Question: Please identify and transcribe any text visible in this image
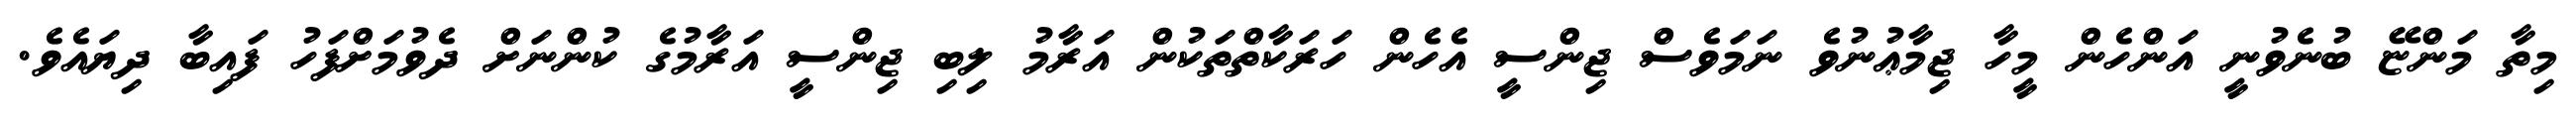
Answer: މިތާ މަންޏޭ ބުނެވުނީ އަންހެން މީހާ ޖިމާޢުނުވެ ނަމަވެސް ޖިންސީ އެހެން ހަރަކާތްތަކުން އަރާމު ލިބި ޖިންސީ އަރާމުގެ ކުންނަށް ދެވުމަށްފަހު ފައިބާ ދިޔައެވެ.